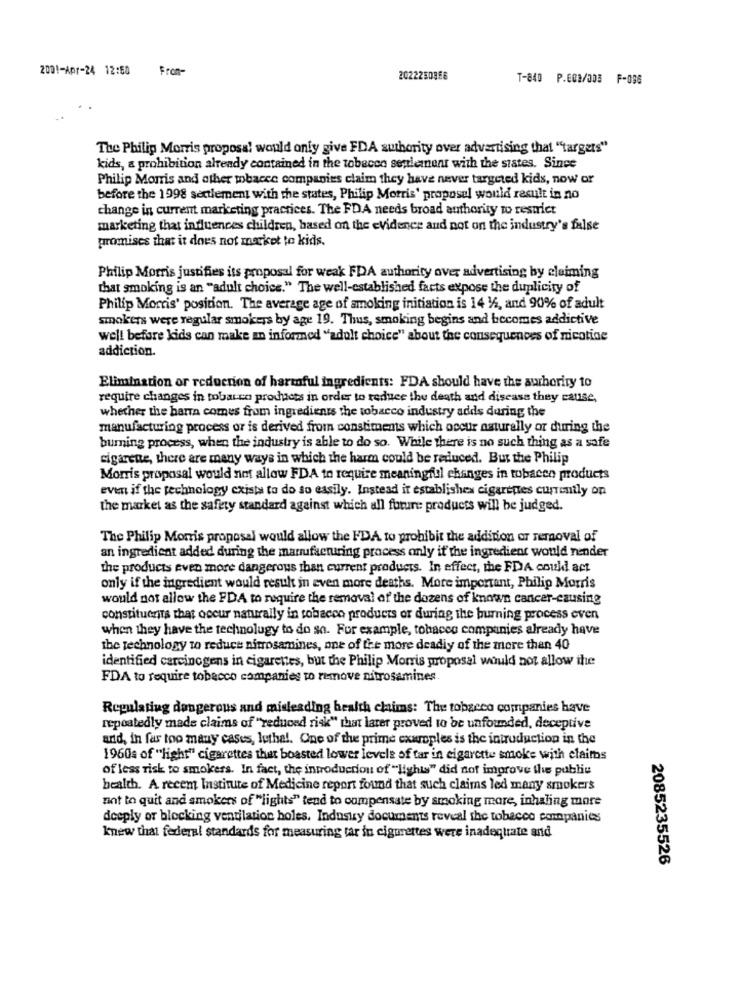
2001-Apr-24 12:50 From-
2022250368
T-840 P.001/303 F-086
The Philip Morris proposal would only give FDA authority over advertising that "targets"
kids, a prohibition already contained in the tobacco seulement with the states. Since
Philip Morris and other wobacce companies claim they have never targeted kids, now or
before the 1998 settlement with the states, Philip Morris' proposal would result in no
change in current marketing practices. The FDA needs broad authority to restrict
marketing that influences children, based on the evidence and not on the industry's false
promises that it does not market to kids.
Philip Morris justifies its proposal for weak FDA authority over advertising by claiming
that smoking is an "adult choice." The well-established facts expose the duplicity of
Philip Morris' position. The average age of smoking initiation is 14 1/2, and 90% of adult
smokers were regular smokers by age 19. Thus, smoking begins and becomes addictive
well before kids can make an inforaned "adult choice" about the consequences of nicotine
addiction.
Elimination or reduction of harmful ingredients: FDA should have the authority to
require changes in tobacco products in order to reduce the death and disease they cause,
whether the barra comes from ingredients the tobacco industry adds during the
manufacturing process or is derived from constiments which occur naturally or during the
burning process, when the industry is able to do so. While there is no such thing as a safe
cigarete, there are many ways in which the harm could be reduced. But the Philip
Morris proposal would not allow FDA to require meaningful changes in tobacco products
even if the technology exists to do so easily. Instead it establishes cigarettes currently on
the market as the safety standard against which all future products will be judged.
The Philip Morris proposal would allow the FDA to prohibit the addition or removal of
an ingredient added during the manufacturing process only if the ingredient would nader
the products even more dangerous than current products. In effect, the FDA could act
only if the ingredient would result in even more deaths. More important, Philip Morris
would not allow the FDA to require the removal of the dozens of known cancer-causing
constituents that occur naturally in tobacco products or during the burning process even
when they have the technology to do so. For example, tobacco companies already have
the technology to reduce nitrosamines, one of the more deadly of the more than 40
identified carcinogens in cigarettes, but the Philip Morris proposal would not allow the
FDA to require tobacco companies to remove nitrosamines.
Regulating dangerous and misleading health claims: The tobacco companies have
repeatedly made claims of "reduced risk" that later proved to be unfounded, deceptive
and, in far too many cases, lutha !. One of the prime exuroples is the introduction in the
1960s of "light" cigarettes that boasted lower levels of tar in cigarette smoke with claiths
of less risk to smokers. In fact, the introduction of "lights" did not improve the publie
health. A recem Institute of Medicine report found that such claims led many smokers
not to quit and smokers of "lights" tend to compensate by smoking more, inhaling more
deeply or blocking ventilation holes. Industry documents reveal the tobacco companies
knew that federal standards for measuring tar in cigarettes were inadequate and
2085235526